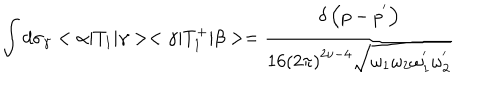
\int d { \sigma } _ { \gamma } < \alpha | T _ { 1 } | \gamma > < \gamma | T _ { 1 } ^ { + } | \beta > = \frac { \delta \left( p - p ^ { ' } \right) } { 1 6 \left( 2 \pi \right) ^ { 2 \nu - 4 } \sqrt { { \omega } _ { 1 } { \omega } _ { 2 } { \omega } _ { 1 } ^ { ' } { \omega } _ { 2 } ^ { ' } } }